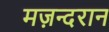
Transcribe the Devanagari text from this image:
मज़न्दरान